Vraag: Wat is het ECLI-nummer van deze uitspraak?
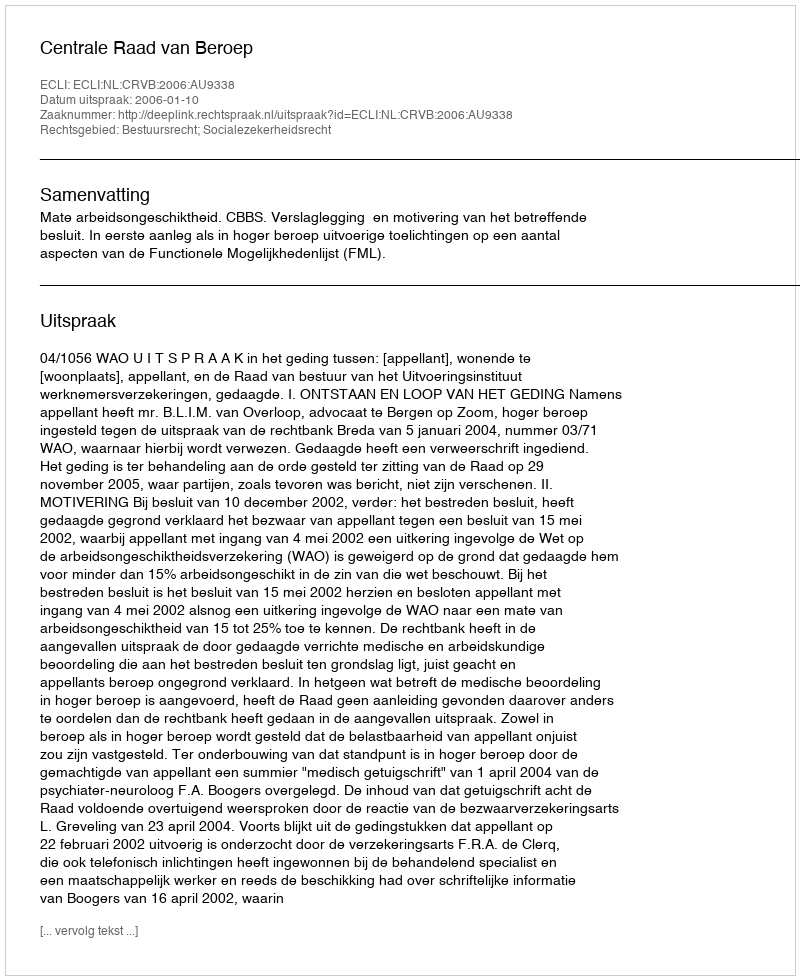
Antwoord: ECLI:NL:CRVB:2006:AU9338